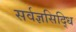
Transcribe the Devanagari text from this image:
सर्वज्ञसिद्धि